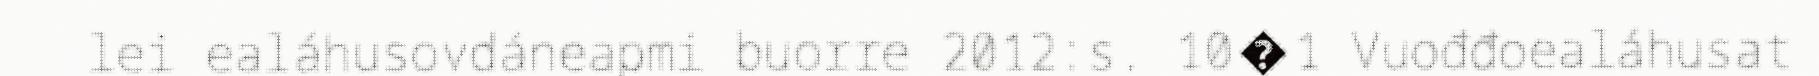
lei ealáhusovdáneapmi buorre 2012:s. 10�1 Vuođđoealáhusat